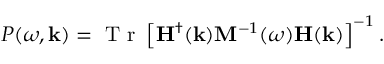
P ( \omega , \mathbf { k } ) = \mathrm { ~ T ~ r ~ } \left[ \mathbf { H } ^ { \dagger } ( \mathbf { k } ) \mathbf { M } ^ { - 1 } ( \omega ) \mathbf { H } ( \mathbf { k } ) \right] ^ { - 1 } .